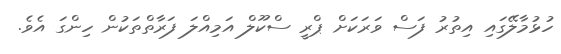
ހުޅުމާލޭގައި އިތުރު ފަސް ވަރަކަށް ޕްރީ ސްކޫލް އަމިއްލަ ފަރާތްތަކުން ހިންގަ އެވެ.